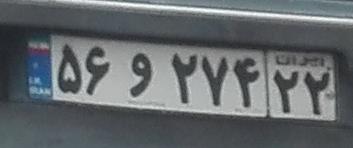
۵۶و۲۷۴۲۲